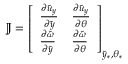
{ \mathbb J } = \left[ \begin{array} { l l } { \frac { \partial \tilde { u } _ { y } } { \partial \tilde { y } } } & { \frac { \partial \tilde { u } _ { y } } { \partial \theta } } \\ { \frac { \partial \tilde { \omega } } { \partial \tilde { y } } } & { \frac { \partial \tilde { \omega } } { \partial \theta } } \end{array} \right] _ { \tilde { y } _ { \ast } , \theta _ { \ast } }